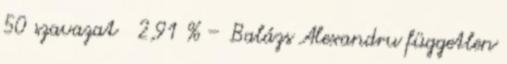
50 szavazat 2,91 % – Balázs Alexandru független